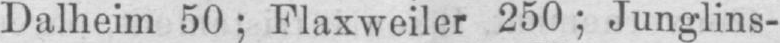
Dalheim 50; Flaxweiler 250; Junglins-